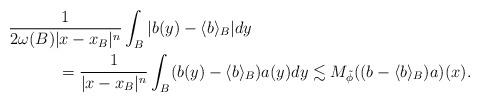
LaTeX: \begin{align*}&\frac{1}{2\omega(B)|x-x_B|^n}\int_B|b(y)-\langle b\rangle_B|dy\\&\qquad\quad=\frac{1}{|x-x_B|^n}\int_B(b(y)-\langle b\rangle_B)a(y)dy\lesssim M_{\tilde{\phi}}((b-\langle b\rangle_B)a)(x).\end{align*}